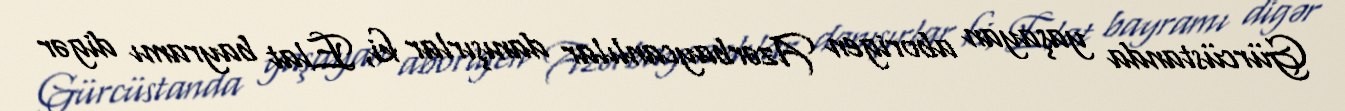
Gürcüstanda yaşayan aborigen Azərbaycanlılar danışırlar ki, Elat bayramı digər